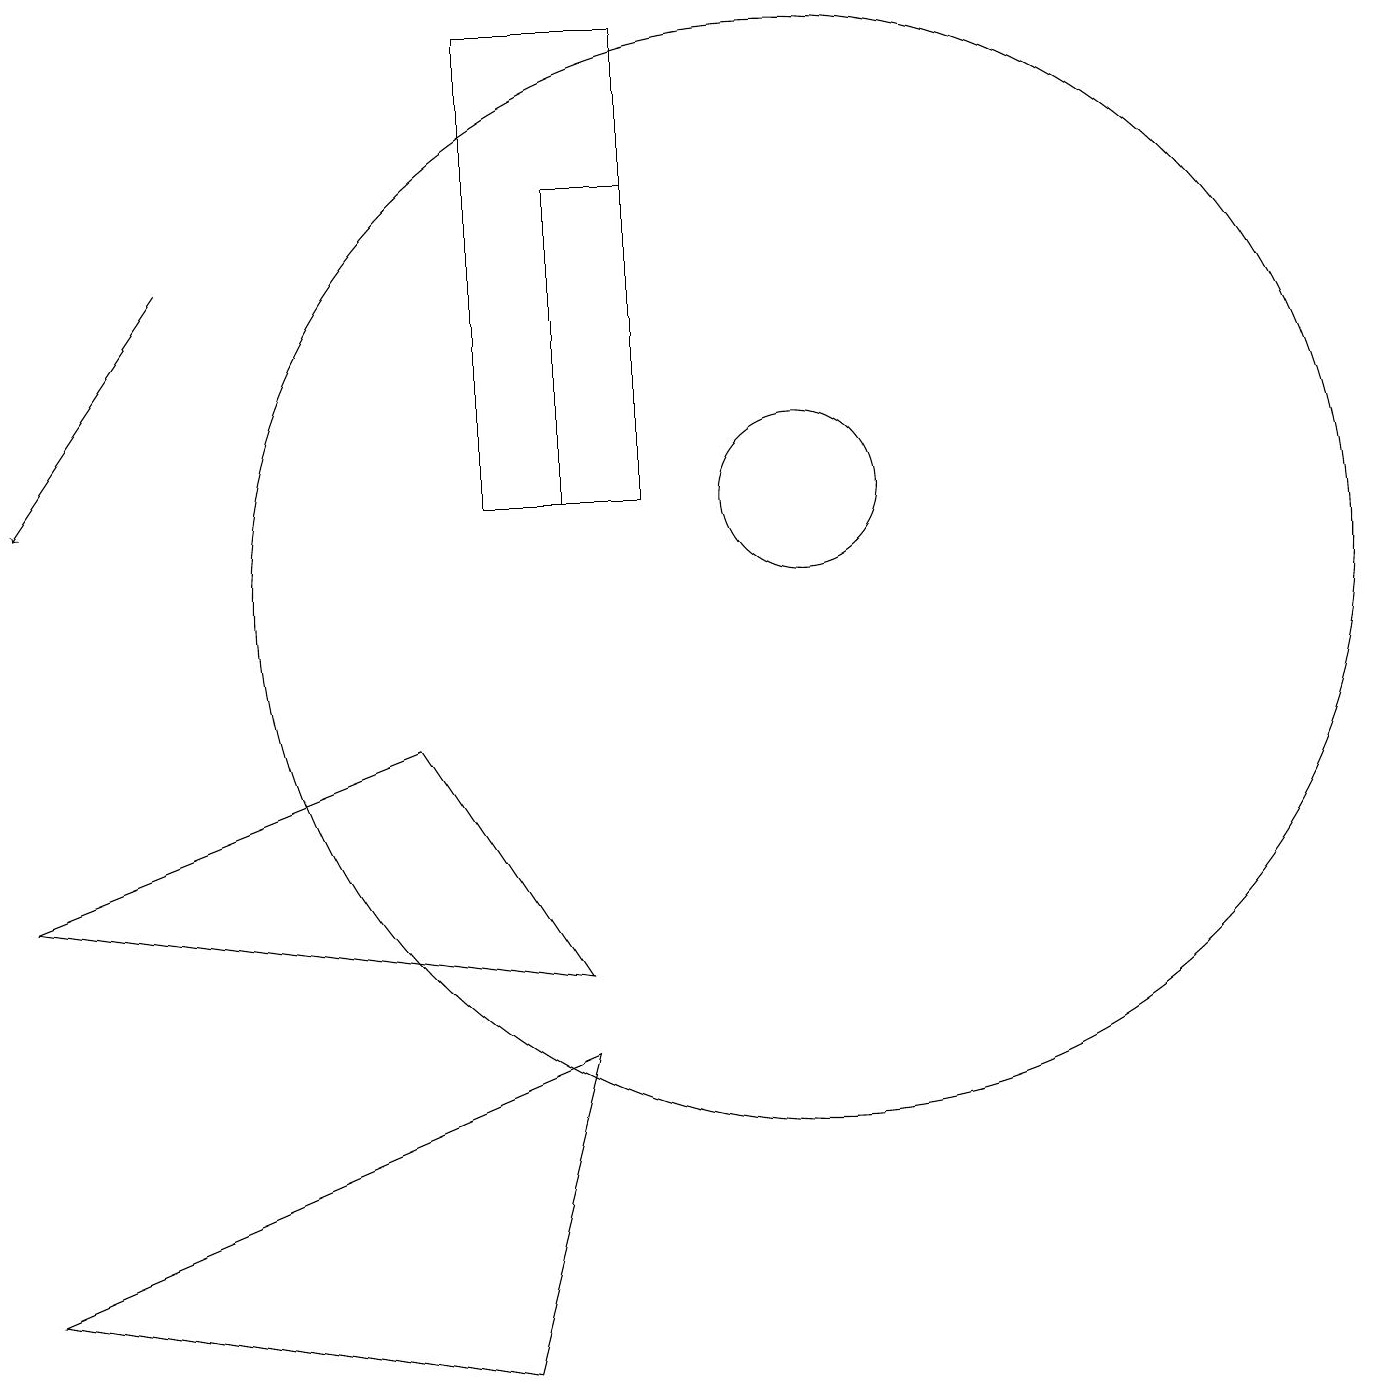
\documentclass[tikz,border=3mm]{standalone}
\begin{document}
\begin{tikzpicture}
\draw (10,12) circle (1);
\draw (8,18) rectangle (6,12);
\draw[->] (2,15) -- (0,12);
\draw (8,12) rectangle (7,16);
\draw (10,11) circle (7);
\draw (7,5) -- (6,1) -- (0,2) -- cycle;
\draw (5,9) -- (7,6) -- (0,7) -- cycle;
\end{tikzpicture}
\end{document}